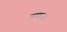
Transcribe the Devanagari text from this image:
वाद्यातून